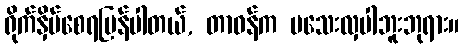
ရိုက်နှိပ်စေရပြန်ပါတယ်, တာဝန်က မသေးလှပါဘူးဘုရား။